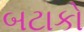
બટાકો